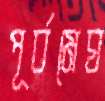
পূর্বমেঘ